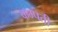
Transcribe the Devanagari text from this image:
कम्पती